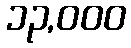
၁၃,၀၀၀